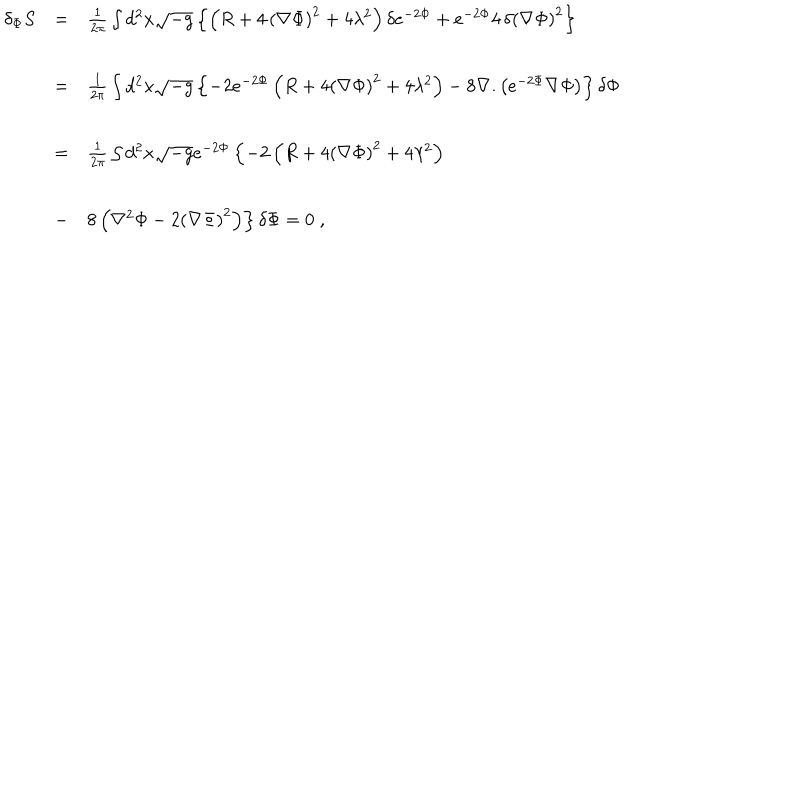
LaTeX: \begin{array} { l c l } { { \delta _ { \Phi } S } } & { { = } } & { { { \frac { 1 } { 2 \pi } } \int d ^ { 2 } x \sqrt { - g } \left\{ \left( R + 4 \, { \left( \nabla \Phi \right) } ^ { 2 } + 4 \lambda ^ { 2 } \right) \delta e ^ { - 2 \Phi } + e ^ { - 2 \Phi } 4 \, \delta { \left( \nabla \Phi \right) } ^ { 2 } \right\} } } \\ { { } } & { { = } } & { { { \frac { 1 } { 2 \pi } } \int d ^ { 2 } x \sqrt { - g } \left\{ - 2 e ^ { - 2 \Phi } \left( R + 4 { \left( \nabla \Phi \right) } ^ { 2 } + 4 \lambda ^ { 2 } \right) - 8 \nabla . \left( e ^ { - 2 \Phi } \nabla \Phi \right) \right\} \delta \Phi } } \\ { { } } & { { = } } & { { { \frac { 1 } { 2 \pi } } \int d ^ { 2 } x \sqrt { - g } e ^ { - 2 \Phi } \left\{ - 2 \left( R + 4 { \left( \nabla \Phi \right) } ^ { 2 } + 4 \lambda ^ { 2 } \right) \right. } } \\ { { } } & { { - } } & { { 8 \left. \left( \nabla ^ { 2 } \Phi - 2 { \left( \nabla \Phi \right) } ^ { 2 } \right) \right\} \delta \Phi = 0 \; , } } \\ \end{array}